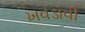
ખવડાવી